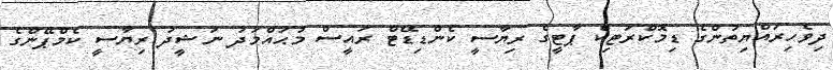
ދިވެހިރައްޔިތުންގެ ޑިމޮކްރަޓިކް ޕާޓީގެ ރިޔާސީ ކެންޑިޑޭޓް ރައީސް މުޙައްމަދު ނަޝީދު ރިޔާސީ ކެމްޕޭންގެ